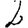
Digit: 2